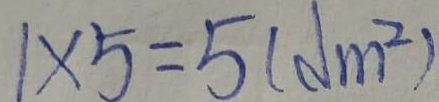
1 \times 5 = 5 ( d m ^ { 2 } )